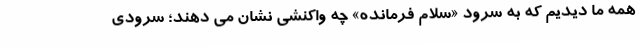
همه ما دیدیم که به سرود «سلام فرمانده» چه واکنشی نشان می دهند؛ سرودی